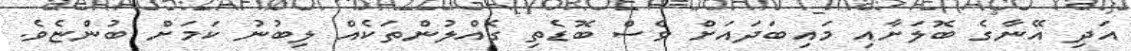
އަދި އޭނާގެ ބޮލަށާއި މައިބަދައަށް ވެސް ބޮޑެތި ގެއްލުންތަކެއް ލިބުނު ކަމަށް ބުންޏެވެ.